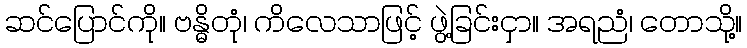
ဆင်ပြောင်ကို။ ဗန္ဓိတုံ၊ ကိလေသာဖြင့် ဖွဲ့ခြင်းငှာ။ အရညံ၊ တောသို့။